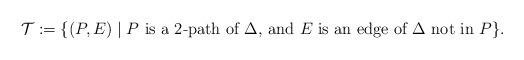
LaTeX: \begin{align*}\mathcal{T}:=\{ (P, E)\mid P \mbox{ is a $2$-path of $\Delta$, and $E$ is an edge of $\Delta$ not in $P$}\}.\end{align*}